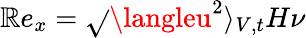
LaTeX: \mathbb{R}e_{x}=\sqrt{}{{\langleu^{2}\rangle_{V,t}}}H\nu